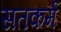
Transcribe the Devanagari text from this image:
सतकर्म